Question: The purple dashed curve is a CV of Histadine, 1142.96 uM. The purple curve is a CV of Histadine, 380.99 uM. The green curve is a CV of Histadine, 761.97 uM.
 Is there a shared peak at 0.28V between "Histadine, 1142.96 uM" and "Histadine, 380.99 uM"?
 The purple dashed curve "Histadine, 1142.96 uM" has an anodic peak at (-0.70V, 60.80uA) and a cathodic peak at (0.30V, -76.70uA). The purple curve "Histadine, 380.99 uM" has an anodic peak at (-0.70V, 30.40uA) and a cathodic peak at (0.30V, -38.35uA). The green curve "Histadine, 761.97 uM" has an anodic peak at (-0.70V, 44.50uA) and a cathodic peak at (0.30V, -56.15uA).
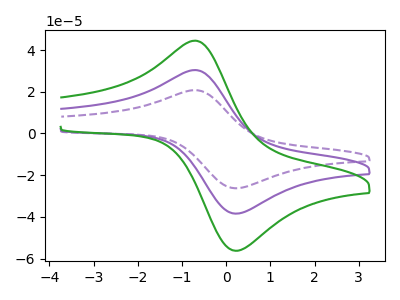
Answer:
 <answer>Yes, "Histadine, 1142.96 uM" and "Histadine, 380.99 uM" share a peak at 0.28V.</answer>
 <eval>match</eval>